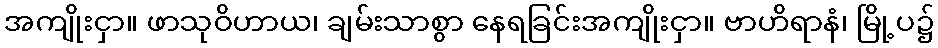
အကျိုးငှာ။ ဖာသုဝိဟာယ၊ ချမ်းသာစွာ နေရခြင်းအကျိုးငှာ။ ဗာဟိရာနံ၊ မြို့ပ၌